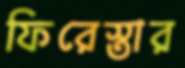
ফিরেস্তার